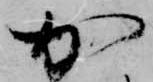
加